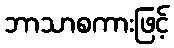
ဘာသာစကားဖြင့်